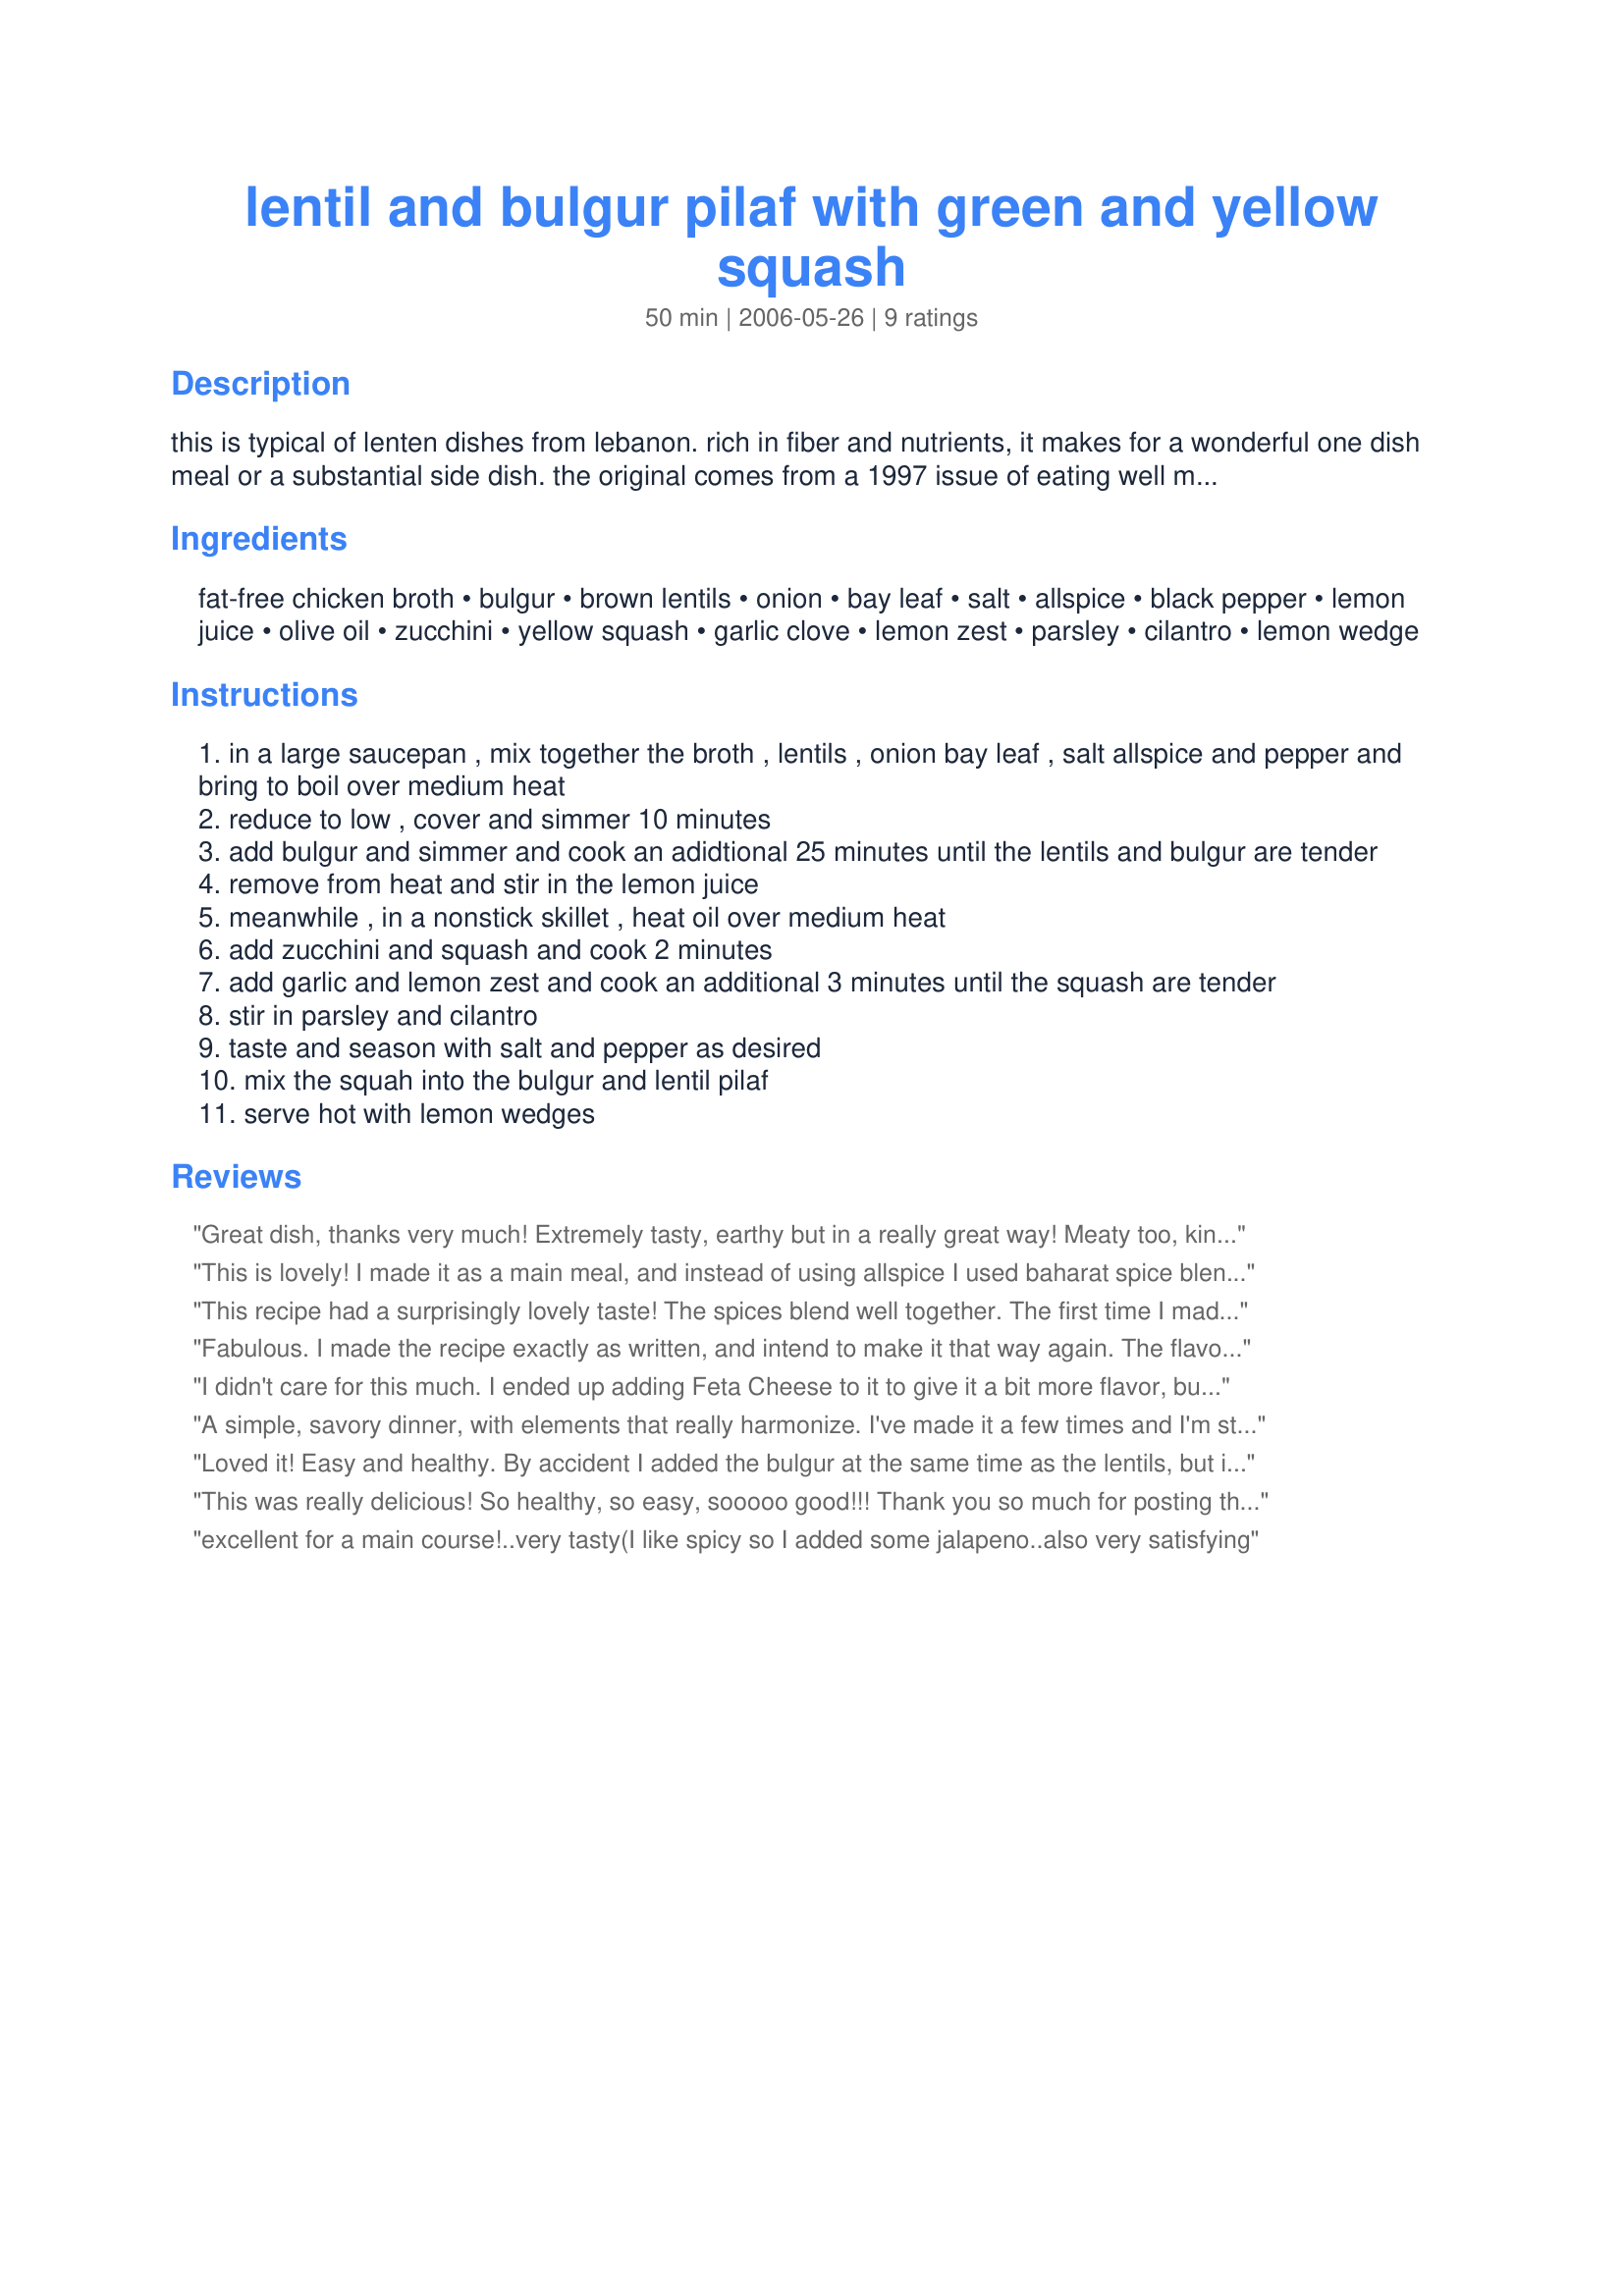
lentil and bulgur pilaf with green and yellow squash
Preparation time: 50 minutes

this is typical of lenten dishes from lebanon. rich in fiber and nutrients, it makes for a wonderful one dish meal or a substantial side dish. the original comes from a 1997 issue of eating well magazine but has been modified to suit my tastes. if you replace the chicken broth with vegetable broth, this is a vegan dish as well.

Ingredients:
fat-free chicken broth, bulgur, brown lentils, onion, bay leaf, salt, allspice, black pepper, lemon juice, olive oil, zucchini, yellow squash, garlic clove, lemon zest, parsley, cilantro, lemon wedge

Steps:
in a large saucepan , mix together the broth , lentils , onion bay leaf , salt allspice and pepper and bring to boil over medium heat
reduce to low , cover and simmer 10 minutes
add bulgur and simmer and cook an adidtional 25 minutes until the lentils and bulgur are tender
remove from heat and stir in the lemon juice
meanwhile , in a nonstick skillet , heat oil over medium heat
add zucchini and squash and cook 2 minutes
add garlic and lemon zest and cook an additional 3 minutes until the squash are tender
stir in parsley and cilantro
taste and season with salt and pepper as desired
mix the squah into the bulgur and lentil pilaf
serve hot with lemon wedges

Reviews:
Great dish, thanks very much! Extremely tasty, earthy but in a really great way! Meaty too, kind of like a hash, or a hoppin' john, but uniquely good! I used half brown and half red lentils because that was what I had. NO other changes and do serve with extra lemon. It burned a little, you may want to watch it toward the end, but I scraped the browned parts from the pan and they were great too! Yum, an awesome recipe and would most definitely recommend and make again! BF really enjoyed it. Mrs B, you'll want to try this too! Thanks so much Toni:D
This is lovely!
I made it as a main meal, and instead of using allspice I used baharat spice blend, and I also added a whole lot of baby spinach leaves at the end for extra green.
This recipe had a surprisingly lovely taste! The spices blend well together. The first time I made it, my mother-in-law was over for lunch when we had guests, and she liked it so much that she requested it again a while later that I make it at her place! She's not so used to new recipes, so that said alot! I didn't have bulgur, so I used the mill attachment on my blender to coarsely grind barley. And I didn't have allspice, but I made my blend from the recipe in my standard cookbook. Nice dish! Thanks for posting it. A tasty and healthy way to serve squash and get some whole grains at the same time. =) P.S. I served it with homemade tahini and raw veggies to balance out the meal.
Fabulous. I made the recipe exactly as written, and intend to make it that way again. The flavors of the bulgur and lentils together were really wonderful -- this was a complete hit with me. Thanks for posting it!
I didn't care for this much. I ended up adding Feta Cheese to it to give it a bit more flavor, but it was still "Eh". 
Very Healthy though, can't win them all.
A simple, savory dinner, with elements that really harmonize. I've made it a few times and I'm still pleasantly surprised by the first bite!
Loved it! Easy and healthy. By accident I added the bulgur at the same time as the lentils, but it turned out fine. Maybe next time I would brown the onions before cooking them with the lentils and bulgur. Also doubled the amount of veggies.
This was really delicious! So healthy, so easy, sooooo good!!! Thank you so much for posting this delicious recipe. We were a little worried because it sounded so plain, but the flavors were absolutely divine! :)
excellent for a main course!..very tasty(I like spicy so I added some jalapeno..also very satisfying
